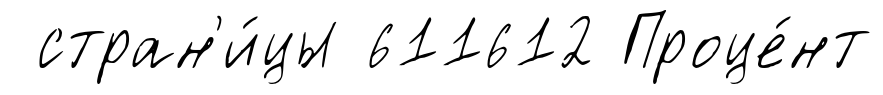
стран'и́цы 611612 Проце́нт